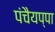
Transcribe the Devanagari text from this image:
पंचैयप्पा